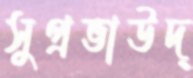
সুপ্রভাউদ্